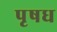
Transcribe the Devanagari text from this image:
पृषध